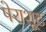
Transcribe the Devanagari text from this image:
पेराशूट